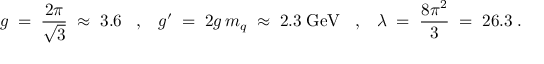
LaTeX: g \; = \; \frac { 2 \pi } { \sqrt { 3 } } \; \approx \; 3 . 6 \; \; \; , \; \; \; g ^ { \prime } \; = \; 2 g \, m _ { q } \; \approx \; 2 . 3 \; \mathrm { G e V } \; \; \; , \; \; \; \lambda \; = \; \frac { 8 \pi ^ { 2 } } { 3 } \; = \; 2 6 . 3 \; .